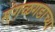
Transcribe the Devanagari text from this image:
मंगळगडाच्या